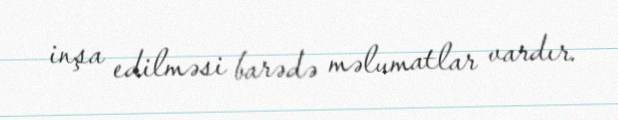
inşa edilməsi barədə məlumatlar vardır.